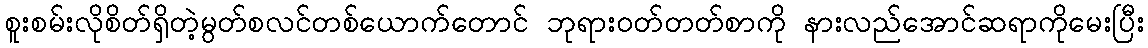
စူးစမ်းလိုစိတ်ရှိတဲ့မွတ်စလင်တစ်ယောက်တောင် ဘုရားဝတ်တတ်စာကို နားလည်အောင်ဆရာကိုမေးပြီး